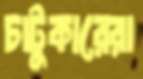
চাটুকারেরা